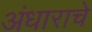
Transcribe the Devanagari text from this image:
अंधाराचे